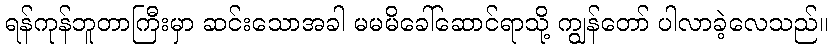
ရန်ကုန်ဘူတာကြီးမှာ ဆင်းသောအခါ မမမိခေါ်ဆောင်ရာသို့ ကျွန်တော် ပါလာခဲ့လေသည်။